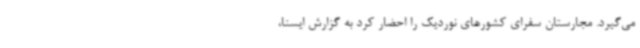
می‌گیرد. مجارستان سفرای کشورهای نوردیک را احضار کرد به گزارش ایسنا،